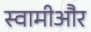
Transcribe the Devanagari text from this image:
स्वामीऔर